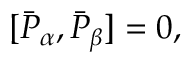
\lbrack \bar { { \cal P } } _ { \alpha } , \bar { { \cal P } } _ { \beta } ] = 0 ,